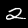
Digit: 2